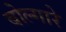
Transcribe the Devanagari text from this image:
बोल्गारे